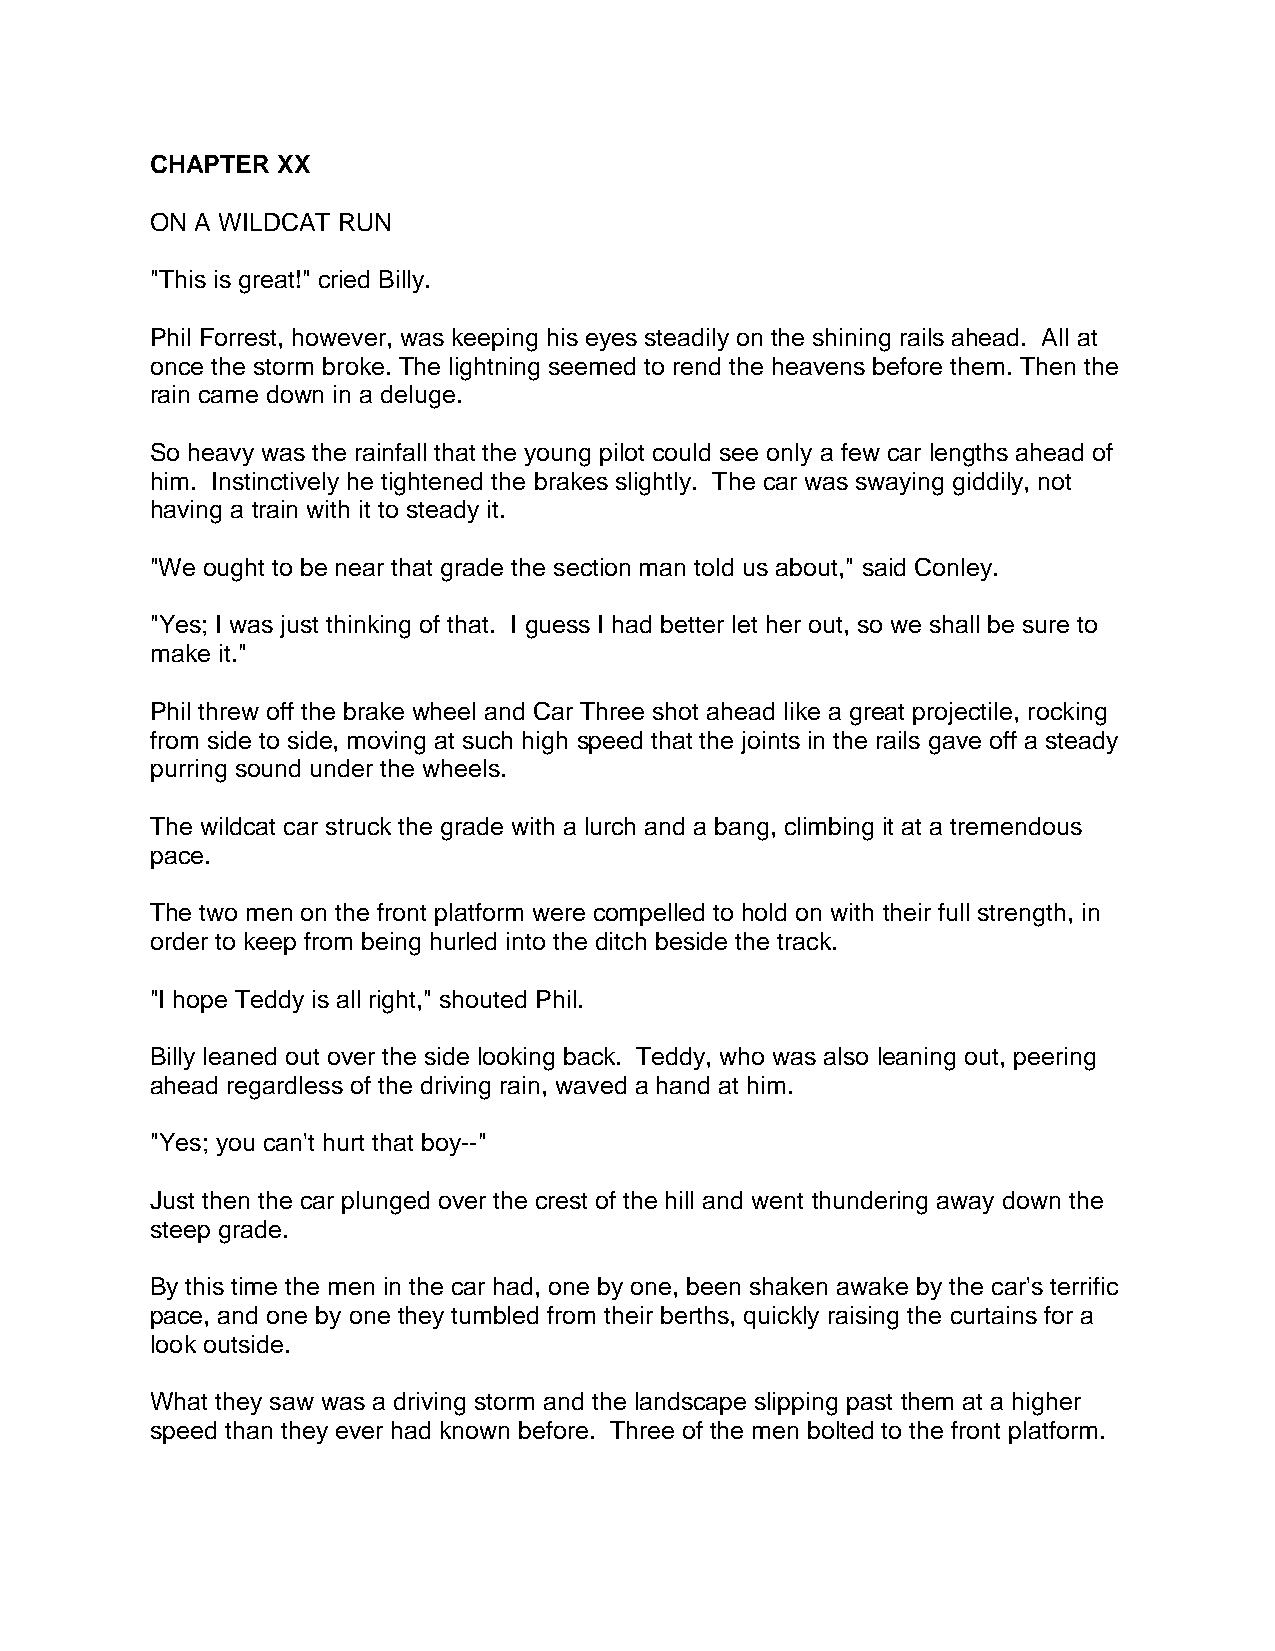
CHAPTER XX
 ON A WILDCAT RUN
 "This is great!" cried Billy.
 Phil Forrest, however, was keeping his eyes steadily on the shining rails ahead. All at
 once the storm broke. The lightning seemed to rend the heavens before them. Then the
 rain came down in a deluge.
 So heavy was the rainfall that the young pilot could see only a few car lengths ahead of
 him. Instinctively he tightened the brakes slightly. The car was swaying giddily, not
 having a train with it to steady it.
 "We ought to be near that grade the section man told us about," said Conley.
 "Yes; I was just thinking of that. I guess I had better let her out, so we shall be sure to
 make it."
 Phil threw off the brake wheel and Car Three shot ahead like a great projectile, rocking
 from side to side, moving at such high speed that the joints in the rails gave off a steady
 purring sound under the wheels.
 The wildcat car struck the grade with a lurch and a bang, climbing it at a tremendous
 pace.
 The two men on the front platform were compelled to hold on with their full strength, in
 order to keep from being hurled into the ditch beside the track.
 "I hope Teddy is all right," shouted Phil.
 Billy leaned out over the side looking back. Teddy, who was also leaning out, peering
 ahead regardless of the driving rain, waved a hand at him.
 "Yes; you can't hurt that boy--"
 Just then the car plunged over the crest of the hill and went thundering away down the
 steep grade.
 By this time the men in the car had, one by one, been shaken awake by the car's terrific
 pace, and one by one they tumbled from their berths, quickly raising the curtains for a
 look outside.
 What they saw was a driving storm and the landscape slipping past them at a higher
 speed than they ever had known before. Three of the men bolted to the front platform.